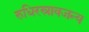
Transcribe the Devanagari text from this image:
रुधिरस्रावजन्य